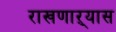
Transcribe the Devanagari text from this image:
राखणाऱ्यास